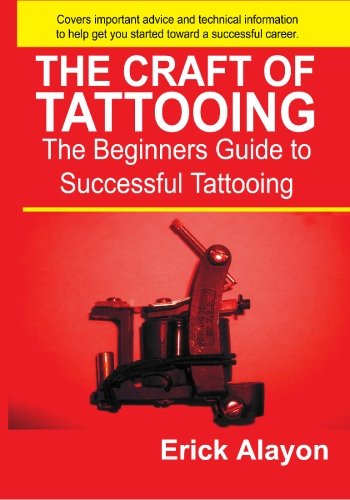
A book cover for The Craft of Tattooing; Erick Alayon; Arts & Photography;